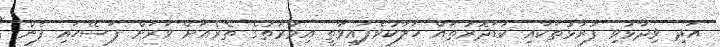
އަދި ވިދާޅުވި ފުރާޅުތަކާއި ކުޑަދޮރުތައް ހަލާކުވެފައިވާތީ އިމާރާތުގެ ތެރެއަށް ވަރަށް ފަސޭހައި ފެން